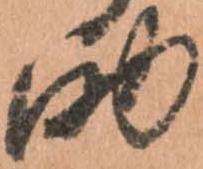
助